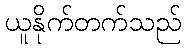
ယူနိုက်တက်သည်